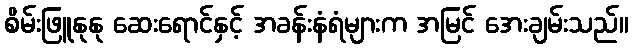
စိမ်းဖြူနုနု ဆေးရောင်နှင့် အခန်းနံရံများက အမြင် အေးချမ်းသည်။